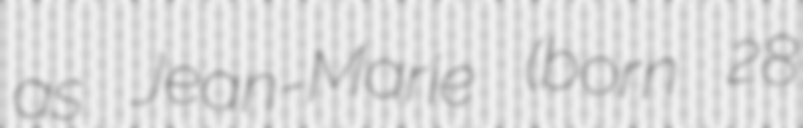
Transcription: as Jean-Marie (born 28